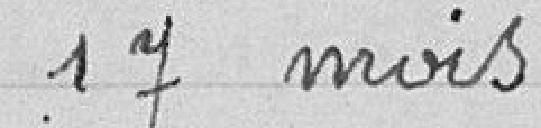
17 mois